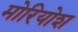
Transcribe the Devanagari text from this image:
मोरियोश